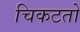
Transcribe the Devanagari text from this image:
चिकटतो